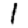
Digit: 1